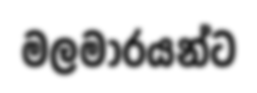
මලමාරයන්ට